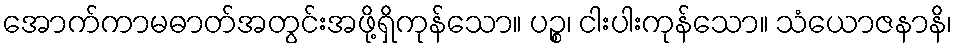
အောက်ကာမဓာတ်အတွင်းအဖို့ရှိကုန်သော။ ပဉ္စ၊ ငါးပါးကုန်သော။ သံယောဇနာနိ၊